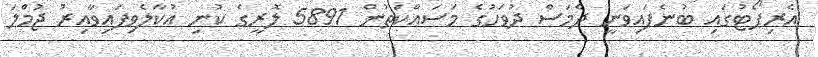
އެރިޕޯޓުގައި ބުނެފައިވަނީ ދެމަސް ދުވަހުގެ މަސައްކަތުން 5891 ލޮރީގެ ކުނި އުކާލެވިފައިވާއިރު ޖުމްލަ